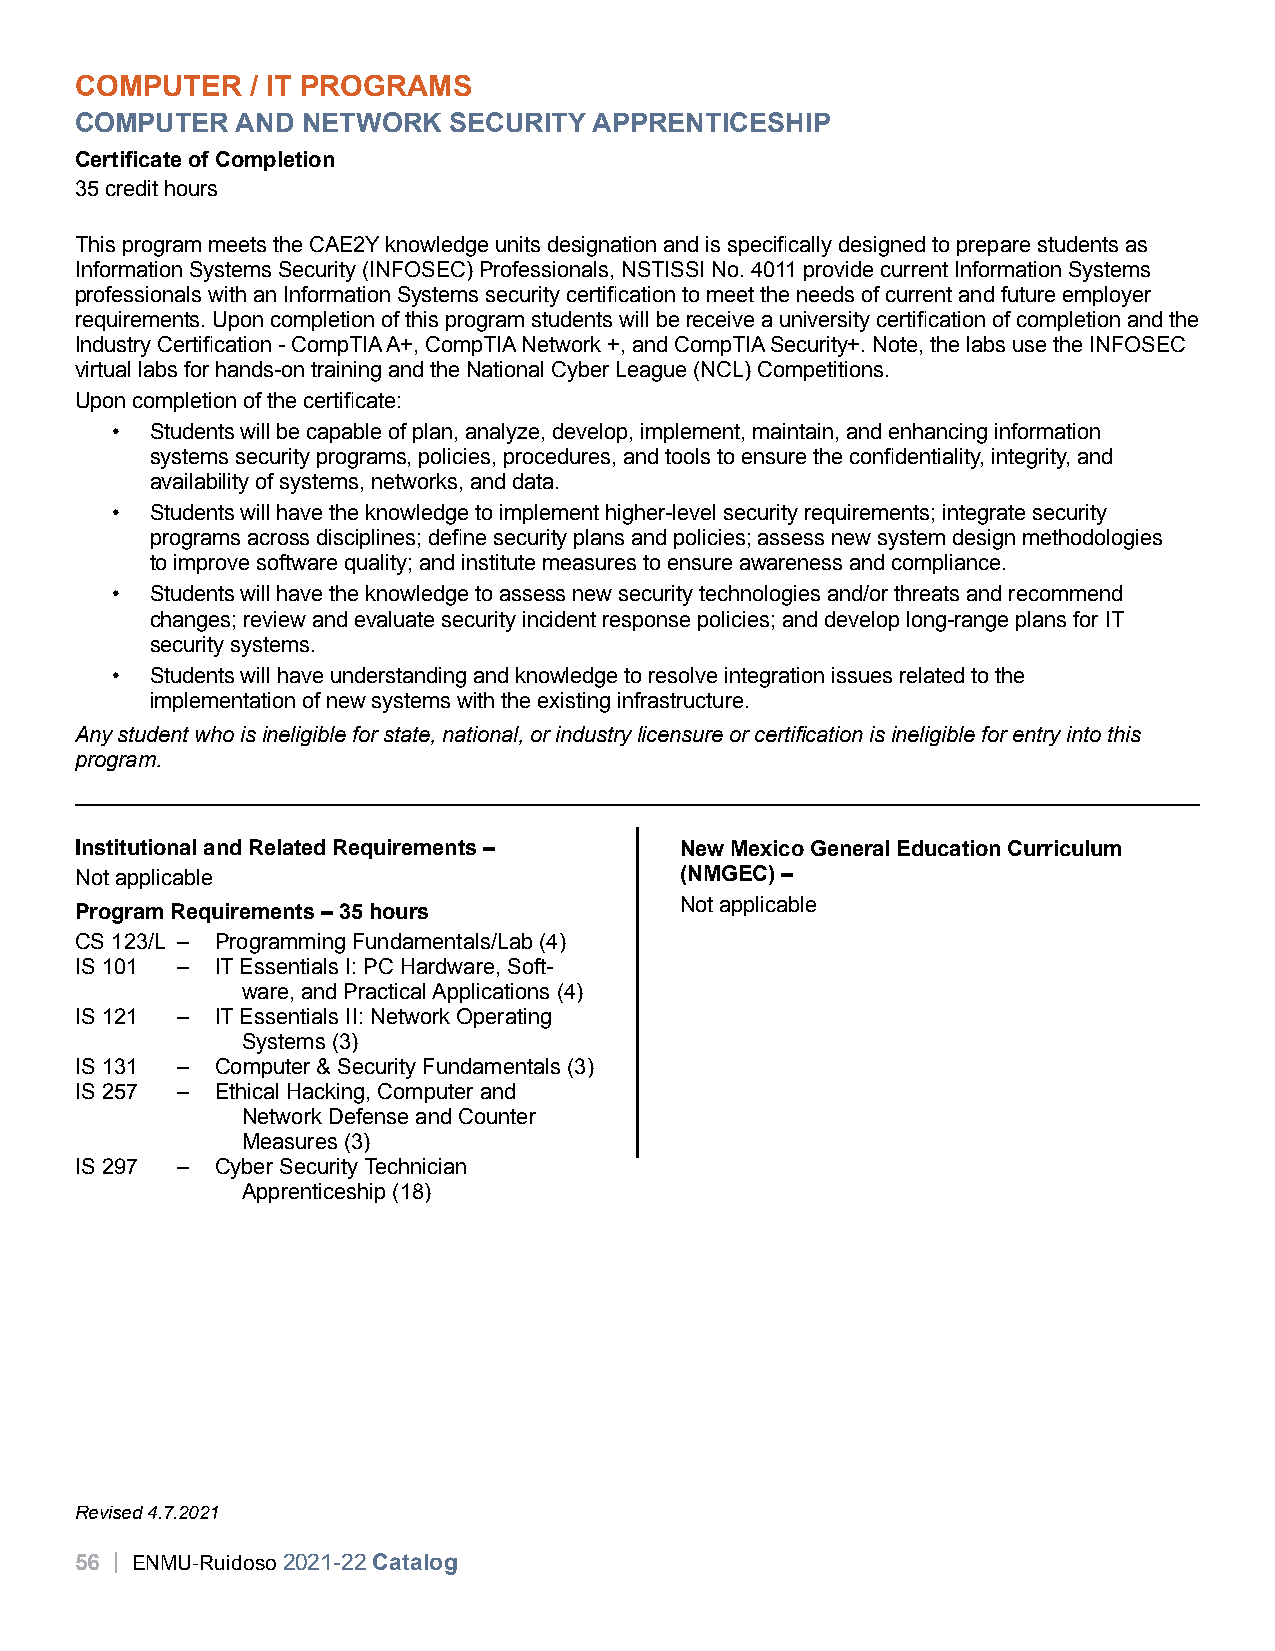
COMPUTER    / IT PROGRAMS
 COMPUTER   AND NETWORK   SECURITY APPRENTICESHIP
 Certificate of Completion
 35 credit hours
 This program meets the CAE2Y knowledge units designation and is specifically designed to prepare students as
 Information Systems Security (INFOSEC) Professionals, NSTISSI No. 4011 provide current Information Systems
 professionals with an Information Systems security certification to meet the needs of current and future employer
 requirements. Upon completion of this program students will be receive a university certification of completion and the
 Industry Certification - CompTIA A+, CompTIA Network +, and CompTIA Security+. Note, the labs use the INFOSEC
 virtual labs for hands-on training and the National Cyber League (NCL) Competitions.
 Upon completion of the certificate:
 •  Students will be capable of plan, analyze, develop, implement, maintain, and enhancing information
 systems security programs, policies, procedures, and tools to ensure the confidentiality, integrity, and
 availability of systems, networks, and data.
 •  Students will have the knowledge to implement higher-level security requirements; integrate security
 programs across disciplines; define security plans and policies; assess new system design methodologies
 to improve software quality; and institute measures to ensure awareness and compliance.
 •  Students will have the knowledge to assess new security technologies and/or threats and recommend
 changes; review and evaluate security incident response policies; and develop long-range plans for IT
 security systems.
 •  Students will have understanding and knowledge to resolve integration issues related to the
 implementation of new systems with the existing infrastructure.
 Any student who is ineligible for state, national, or industry licensure or certification is ineligible for entry into this
 program.
 Institutional and Related Requirements – New Mexico General Education Curriculum
 Not applicable                          (NMGEC) –
 Not applicable
 Program Requirements – 35 hours
 CS 123/L – Programming Fundamentals/Lab (4)
 IS 101 – IT Essentials I: PC Hardware, Soft-
 ware, and Practical Applications (4)
 IS 121 – IT Essentials II: Network Operating
 Systems (3)
 IS 131 – Computer & Security Fundamentals (3)
 IS 257 – Ethical Hacking, Computer and
 Network Defense and Counter
 Measures (3)
 IS 297 – Cyber Security Technician
 Apprenticeship (18)
 Revised 4.7.2021
 56 | ENMU-Ruidoso 2021-22 Catalog